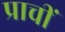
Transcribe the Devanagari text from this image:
प्राचीं